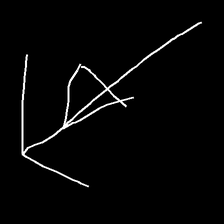
Glyph: pull